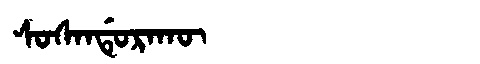
Manchu: ᠰᠣᠰᠠᠨᡩᡠᡵᠠᡴᡡ
Romanization: SOSANDURAKŪ